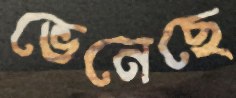
ভেনেছে